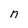
Character: n